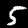
Label: 5